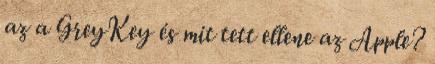
az a GreyKey és mit tett ellene az Apple?